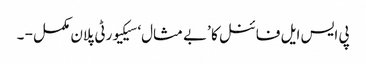
پی ایس ایل فائنل کا ’بے مثال‘ سیکیورٹی پلان مکمل - ۔